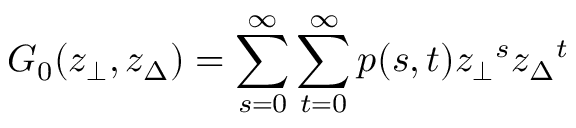
G _ { 0 } ( z _ { \bot } , z _ { \Delta } ) = \sum _ { s = 0 } ^ { \infty } \sum _ { t = 0 } ^ { \infty } p ( s , t ) { z _ { \bot } } ^ { s } { z _ { \Delta } } ^ { t }